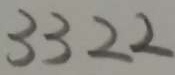
3 3 2 2